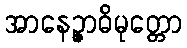
အာနေဉ္ဇာဓိမုတ္တော